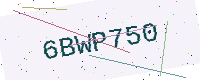
Text: 6BWP750